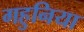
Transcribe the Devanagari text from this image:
गहुनिया